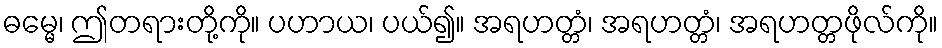
ဓမ္မေ၊ ဤတရားတို့ကို။ ပဟာယ၊ ပယ်၍။ အရဟတ္တံ၊ အရဟတ္တံ၊ အရဟတ္တဖိုလ်ကို။